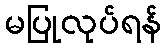
မပြုလုပ်ရန်